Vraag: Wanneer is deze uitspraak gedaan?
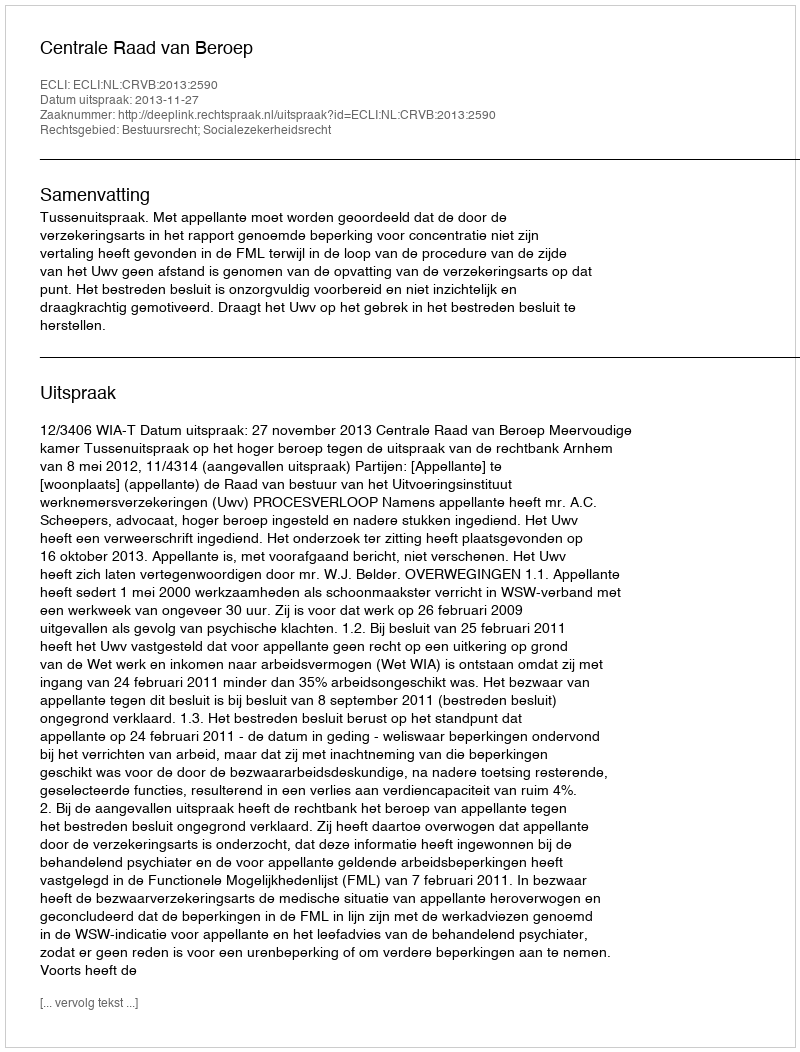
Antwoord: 2013-11-27